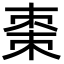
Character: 棗